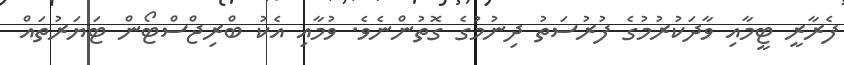
ފެރާރީ ޓީމާއި ވާދަކުރުމުގެ ފުރުސަތު ދިނުމުގެ ގޮތުންނެވެ. ވުމާއި އެކު ބްރިޖްސްޓޯން ޓަޔަރުތައް